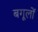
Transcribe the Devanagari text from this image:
बगूलों